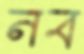
নব